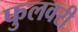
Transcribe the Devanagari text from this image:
फुलवरी